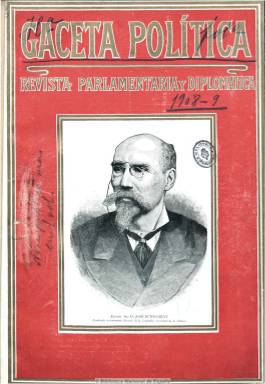
Título: Gaceta política
Otros títulos: Gaceta política, económica y literaria || Gaceta política y económica
Colección: Política || Economía
Ámbito geográfico: Madrid
Lugar de publicación: Madrid
Fechas: 01/05/1908-01/05/1909

Subtitulada como “revista parlamentaria y diplomática”, fue bien recibida por su edición de lujo tanto en papel como en fotograbados de retratos de los políticos de la época. De periodicidad quincenal y unas 16 páginas por número, fue dirigida por el periodista Luis Bourgon, quien en su artículo de presentación habla más bien de “reaparición” de este título, del que no hemos encontrado tales antecedentes. Incluye artículos de política interior e internacional, preferentemente de los países hispanoamericanos, así como otros de carácter histórico y los dedicados a crónica económica y financiera. También contiene una revista de jurídica y legislativa, obituarios, notas bibliográficas y noticias varias. Cambió su título a “revista económica y literaria”, ofreciendo entonces más dedicación a la crónica teatral y de arte, y por último tornó la cabecera en Gaceta política y económica, subtitulándose “órgano de la economía y de la política agraria nacional”. No debió de encajar finalmente en el panorama de la prensa española. Entre sus colaboradores contó con Luis del Valle, Fernando Boccherini y José María Ibáñez Marín.